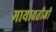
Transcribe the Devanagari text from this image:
मायावतीजी